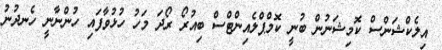
އިލެކްޝަންސް ކޮމިޝަނުން ބުނީ ކޮމްޕްލެއިންޓްސް ބިއުރޯ ރޯދަ މަހު ހުޅުވާފައި ހުންނާނީ ހެނދުނު